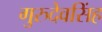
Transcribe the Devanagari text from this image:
गुरुदेवसिंह